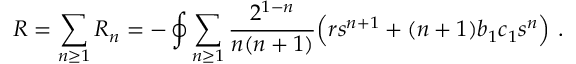
R = \sum _ { n \ge 1 } R _ { n } = - \oint \sum _ { n \ge 1 } { \frac { 2 ^ { 1 - n } } { n ( n + 1 ) } } \Big ( r s ^ { n + 1 } + ( n + 1 ) b _ { 1 } c _ { 1 } s ^ { n } \Big ) \ .